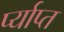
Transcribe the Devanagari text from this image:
र्प्याप्त